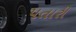
પતારી